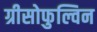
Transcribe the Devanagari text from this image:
ग्रीसोफुल्विन